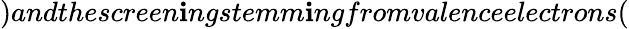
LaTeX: )andthescreen\mathbf{i}ngstemm\mathbf{i}ngfromvalenceelectrons(